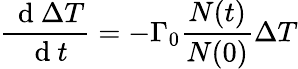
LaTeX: \frac{\, \mathrm{~d~}\Delta T}{\, \mathrm{~d~}t}=-\Gamma_{0}\frac{N(t)}{N(0)}\Delta T